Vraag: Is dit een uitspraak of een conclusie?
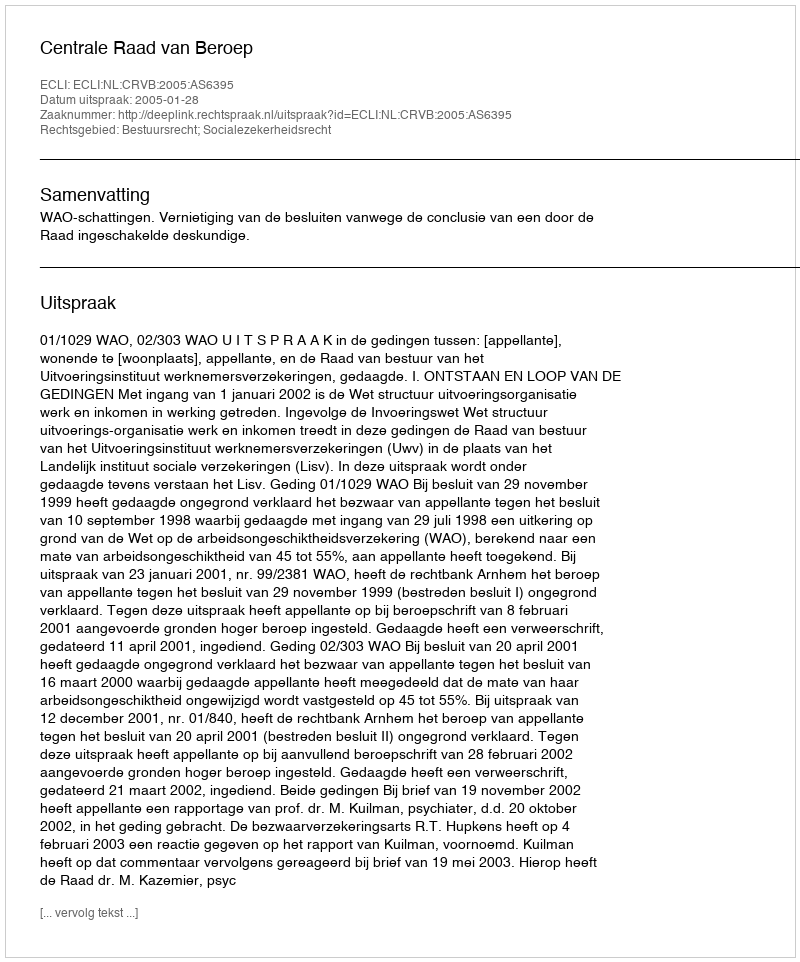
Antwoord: Uitspraak